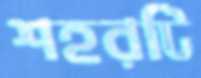
শহরটি